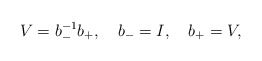
\begin{align*}V=b_-^{-1} b_+, \ \ \ b_-=I, \ \ \ b_+=V,\end{align*}